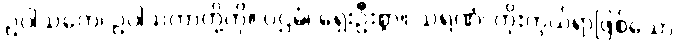
ဥပါသကေ၊ ဥပါသကာတို့ကို။ ပဌမံ၊ ရှေးဦးစွာ။ သရဏံ၊ ကိုးကွယ်ရာဖြစ်သော